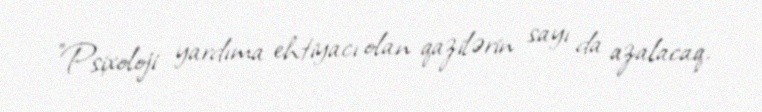
"Psixoloji yardıma ehtiyacı olan qazilərin sayı da azalacaq.